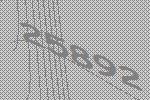
25892